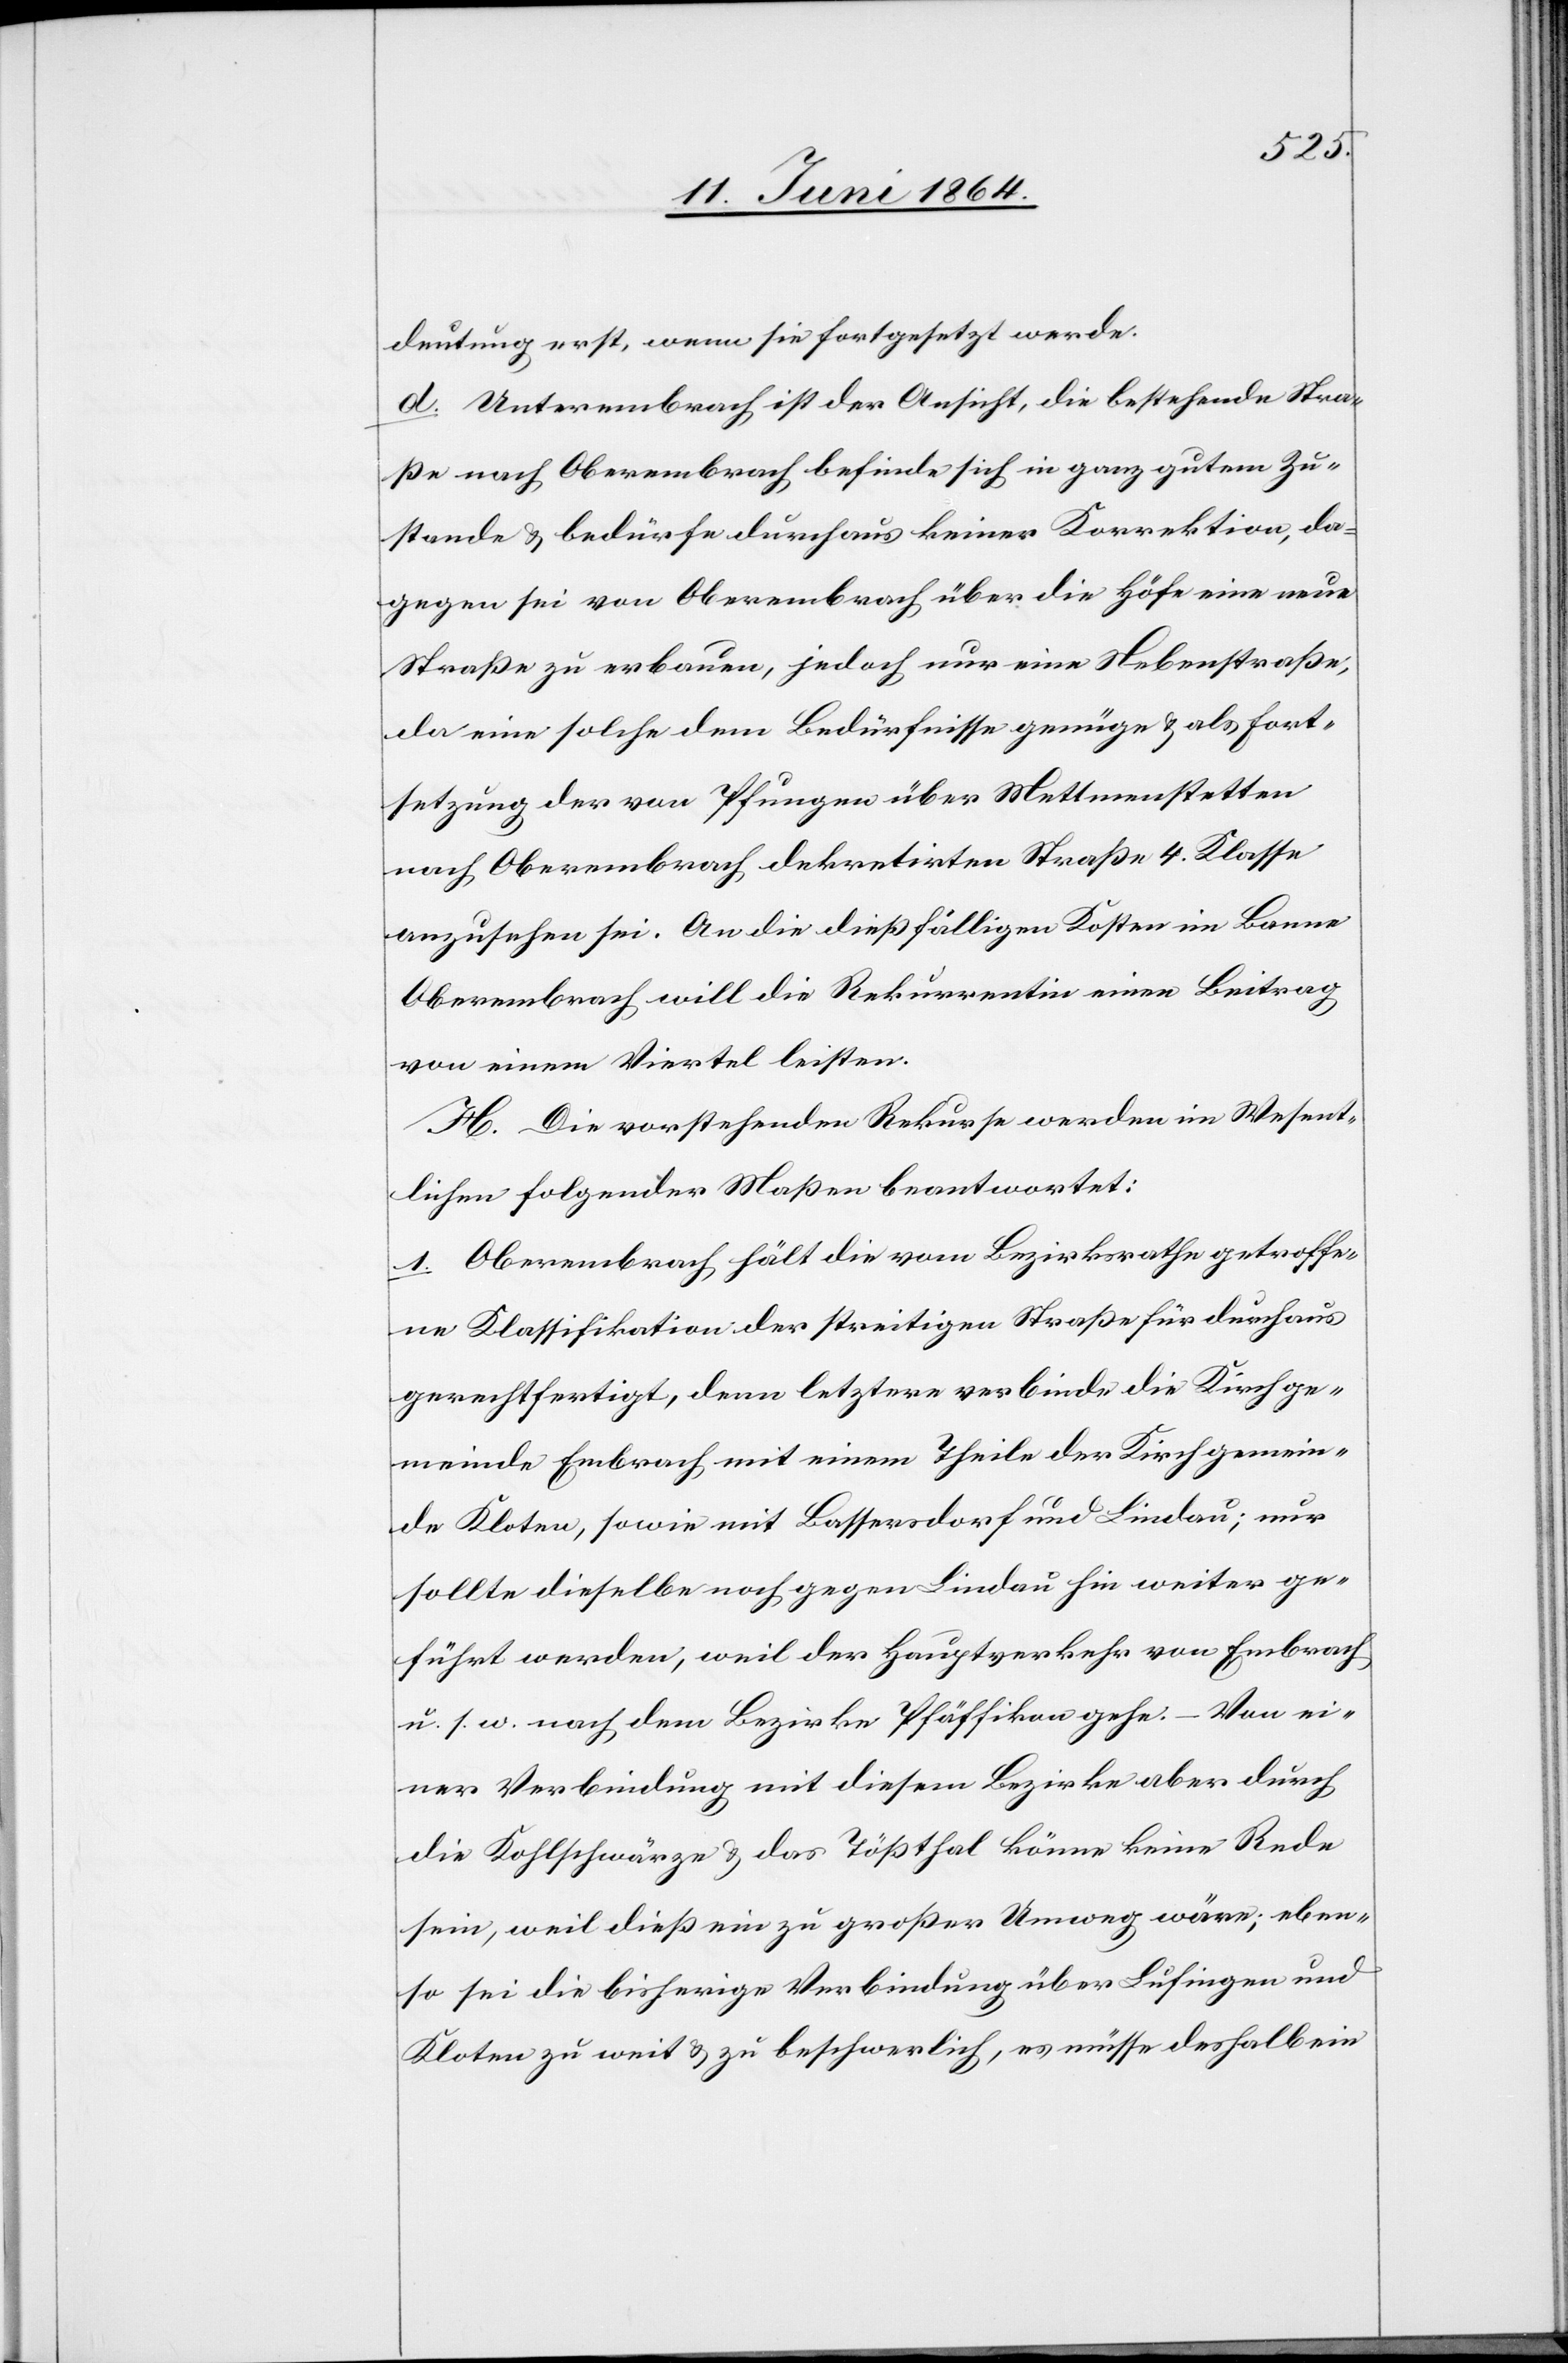
deutung erst, wenn sie fortgesetzt werde.
d. Unterembrach ist der Ansicht, die bestehende Stra¬
ße nach Oberembrach befinde sich in ganz gutem Zu¬
stande u. bedürfe durchaus keiner Korrektion, da¬
gegen sei von Oberembrach über die Höhe eine neue
Straße zu erbauen, jedoch nur eine Nebenstraße,
da eine solche dem Bedürfnisse genüge u. als Fort¬
setzung der von Pfungen über Mettmenstetten
nach Oberembrach dekretirten Straße 4. Klasse
anzusehen sei. An die dießfälligen Kosten im Banne
Oberembrach will die Rekurrentin einen Beitrag
von einem Viertel leisten.
H. Die vorstehenden Rekurse werden im Wesent¬
lichen folgender Maßen beantwortet:
1. Oberembrach hält die vom Bezirksrathe getroffe¬
ne Klassifikation der streitigen Straße für durchaus
gerechtfertigt, denn letztere verbinde die Kirchge¬
meinde Embrach mit einem Theile der Kirchgemein¬
de Kloten, sowie mit Bassersdorf und Lindau; nur
sollte dieselbe noch gegen Lindau hin weiter ge¬
führt werden, weil der Hauptverkehr von Embrach
u. s. w. nach dem Bezirke Pfäffikon gehe. – Von ei¬
ner Verbindung mit diesem Bezirke aber durch
die Kohlschwärze u. das Tößthal könne keine Rede
sein, weil dieß ein zu großer Umweg wäre; eben¬
so sei die bisherige Verbindung über Lufingen und
Kloten zu weit u. zu beschwerlich, es müsse deshalb ein